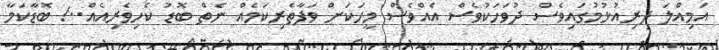
އަމިއްލަ ދިރިއުޅުމުގައިވެސް ދުވަހަކުވެސް އެއްވެސް މީހަކަށް ވަފާތެރިކަމެއް ނެތް ބޮޑު ކެހިވެރިއެއް..! ބޮޑާކަމާ